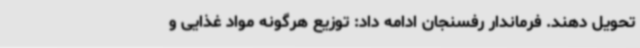
تحویل دهند. فرماندار رفسنجان ادامه داد: توزیع هرگونه مواد غذایی و